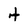
Character: t